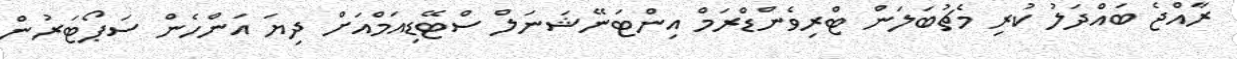
ރާއްޖެ ބައްދަލު ކުރި މެޗުބަލަން ޓްރިވެންޑްރަމް އިންޓަނޭޝަނަލް ސްޓޭޑިއަމްއަށް ދިޔަ އަންހެން ސަޕޯޓަރުން